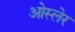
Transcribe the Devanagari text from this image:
ओस्लेर